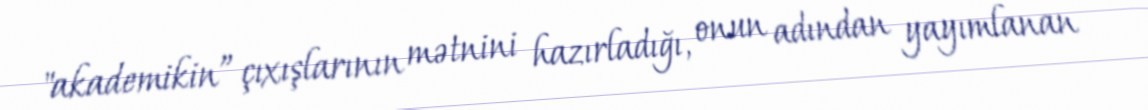
"akademikin” çıxışlarının mətnini hazırladığı, onun adından yayımlanan